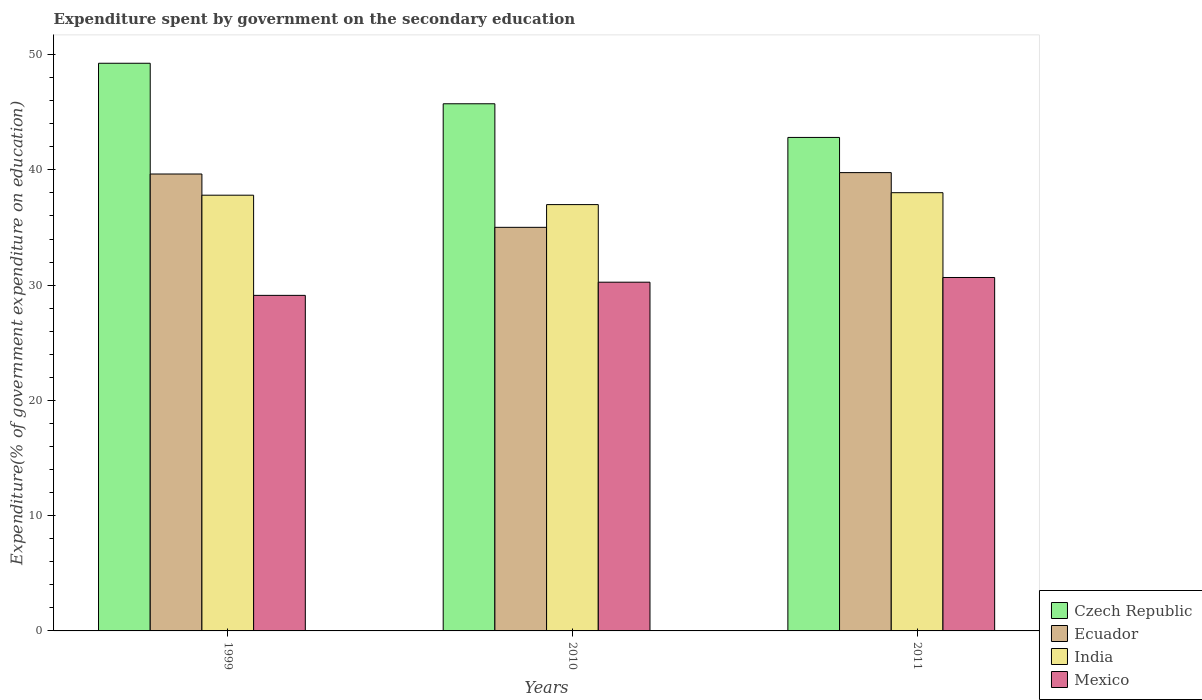
| Years | Czech Republic | Ecuador | India | Mexico |
 | --- | --- | --- | --- | --- |
 | 1999 | 49.2 | 39.6 | 37.8 | 29.1 |
 | 2010 | 45.7 | 35 | 37 | 30.3 |
 | 2011 | 42.8 | 39.8 | 38 | 30.7 |